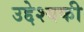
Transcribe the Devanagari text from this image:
उद्देश्यकी